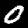
Label: 0